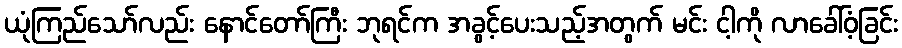
ယုံကြည်သော်လည်း နောင်တော်ကြီး ဘုရင်က အခွင့်ပေးသည့်အတွက် မင်း ငါ့ကို လာခေါ်ဝံ့ခြင်း